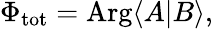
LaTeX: \Phi_{\mathrm{tot}}=\mathrm{Arg}\langle A|B\rangle,